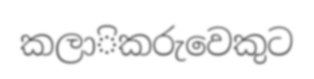
කලාිකරුවෙකුට